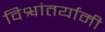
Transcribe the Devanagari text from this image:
विश्वांतर्यामी